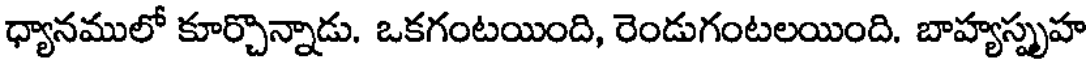
ధ్యానములో కూర్చొన్నాడు. ఒకగంటయింది, రెండుగంటలయింది. బాహ్యస్పృహ